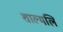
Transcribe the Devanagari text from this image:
शाल्मलि